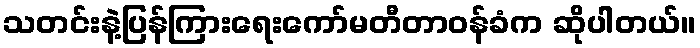
သတင်းနဲ့ပြန်ကြားရေးကော်မတီတာဝန်ခံက ဆိုပါတယ်။